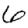
Digit: 6